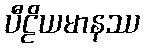
ပီဠိယမာနဿ